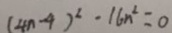
( 4 n - 4 ) ^ { 2 } \cdot 1 6 n ^ { 2 } = 0